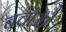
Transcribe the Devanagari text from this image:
बचाआ॓